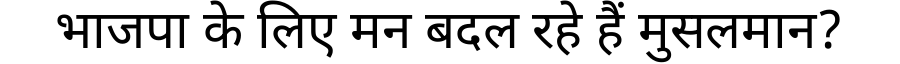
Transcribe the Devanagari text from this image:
भाजपा के लिए मन बदल रहे हैं मुसलमान?